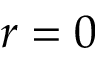
r = 0